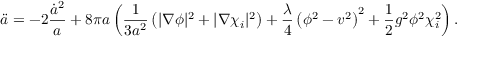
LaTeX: \ddot { a } = - 2 { \frac { \dot { a } ^ { 2 } } { a } } + 8 \pi a \left( { \frac { 1 } { 3 a ^ { 2 } } } \left( \vert \nabla \phi \vert ^ { 2 } + \vert \nabla \chi _ { i } \vert ^ { 2 } \right) + { \frac { \lambda } { 4 } } \left( \phi ^ { 2 } - v ^ { 2 } \right) ^ { 2 } + { \frac { 1 } { 2 } } g ^ { 2 } \phi ^ { 2 } \chi _ { i } ^ { 2 } \right) .